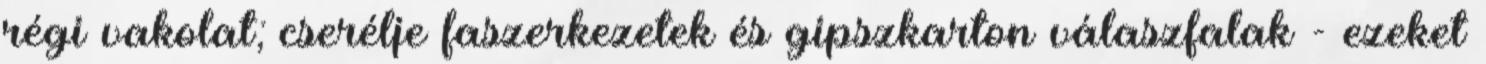
régi vakolat; cserélje faszerkezetek és gipszkarton válaszfalak - ezeket